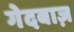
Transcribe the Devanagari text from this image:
गेदबाज़